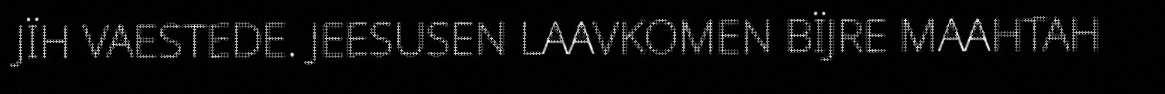
JÏH VAESTEDE. JEESUSEN LAAVKOMEN BÏJRE MAAHTAH